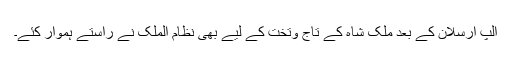
الپ ارسلان کے بعد ملک شاہ کے تاج وتخت کے لیے بھی نظام الملک نے راستے ہموار کئے۔